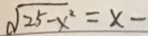
\sqrt { 2 5 - x ^ { 2 } } = x -